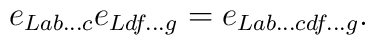
e_{Lab...c}e_{Ldf...g} = e_{Lab...cdf...g}. \nonumber